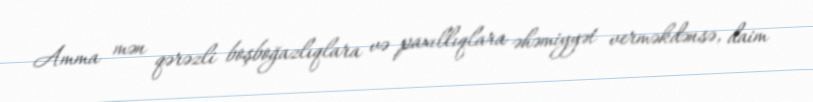
Amma mən qərəzli boşboğazlıqlara və paxıllıqlara əhəmiyyət verməkdənsə, daim